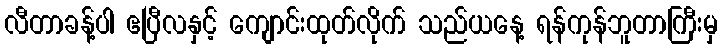
လီတာခန့်ပါ ဧပြီလနှင့် ကျောင်းထုတ်လိုက် သည်ယနေ့ ရန်ကုန်ဘူတာကြီးမှ